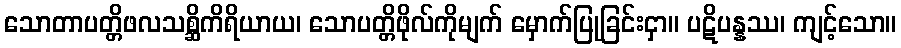
သောတာပတ္တိဖလသစ္ဆိကိရိယာယ၊ သောပတ္တိဖိုလ်ကိုမျက် မှောက်ပြုခြင်းငှာ။ ပဋိပန္နဿ၊ ကျင့်သော။